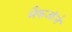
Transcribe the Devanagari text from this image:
मैकजॉर्ज